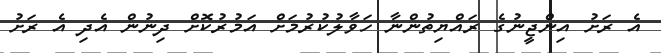
އެ ރަށު އިންޖީނުގެ ރައްޔިތުންނާ ހަވާލުކުރުމަށް އަމުރުކޮށް ދިނުން އެދި އެ ރަށު